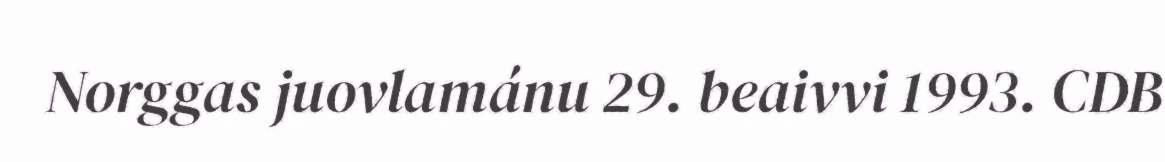
Norggas juovlamánu 29. beaivvi 1993. CDB